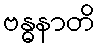
ဗန္ဓနာတိ